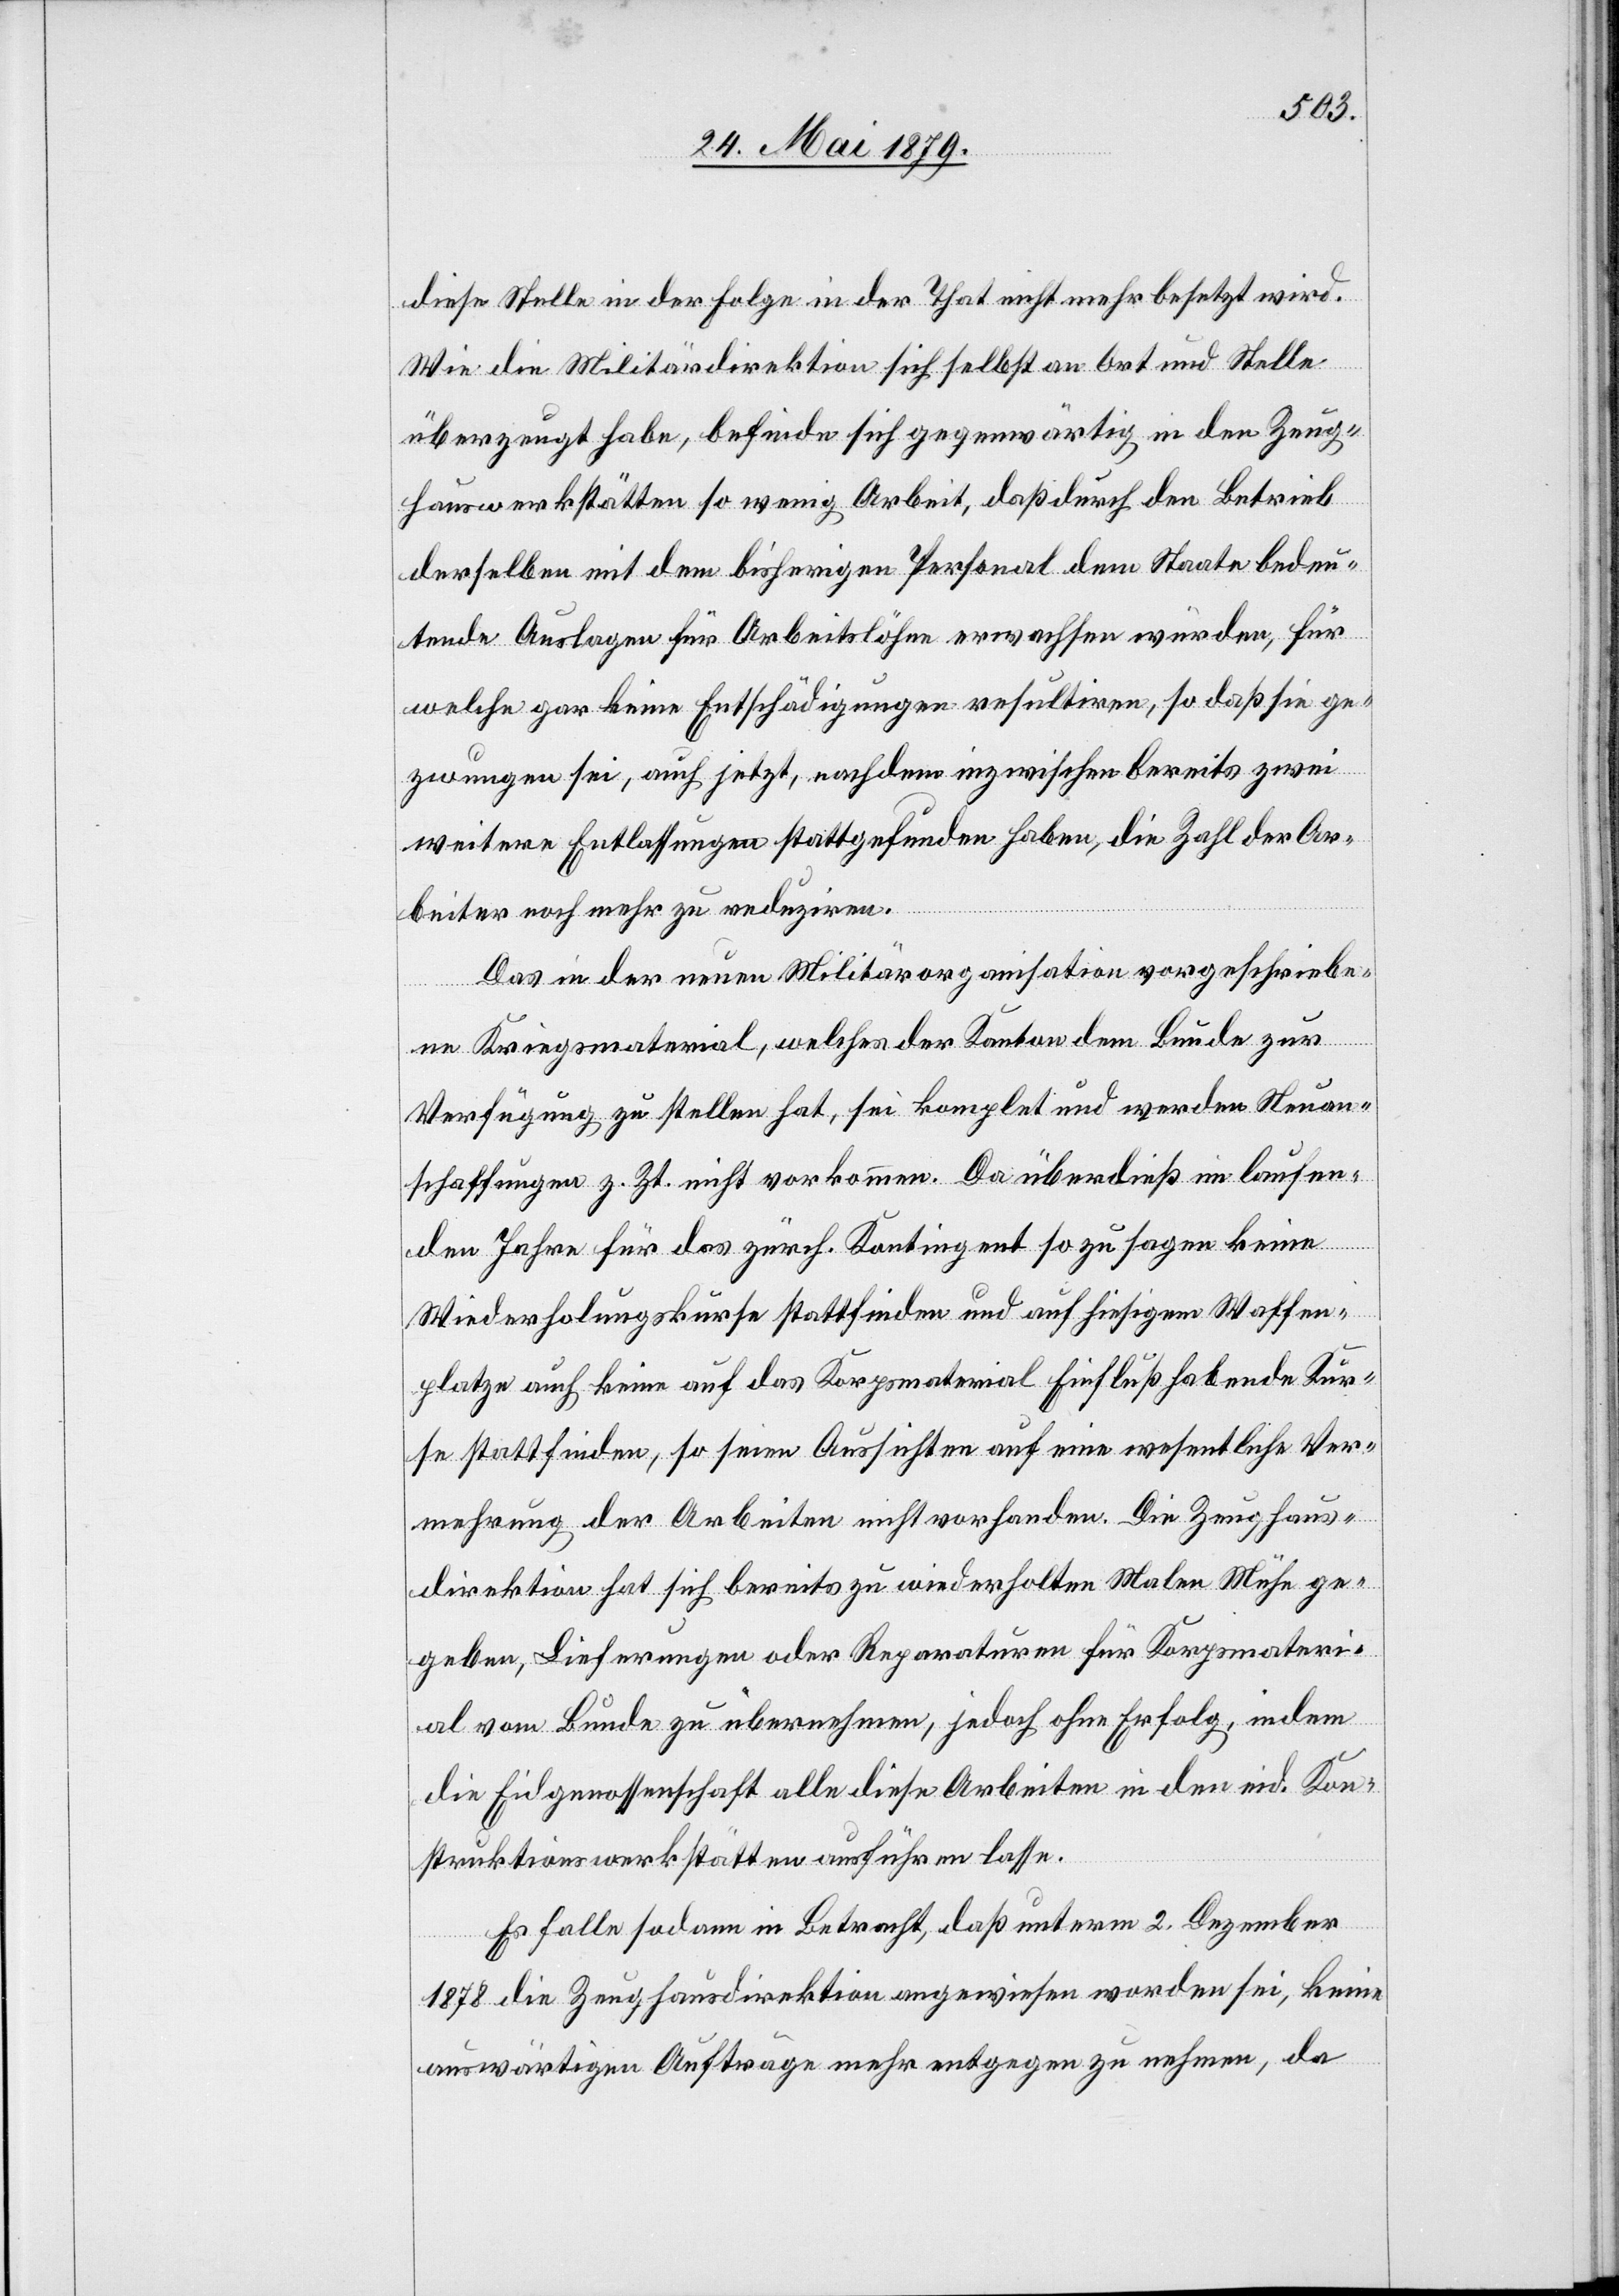
diese Stelle in der Folge in der That nicht mehr besetzt wird.
Wie die Militärdirektion sich selbst an Ort und Stelle
überzeugt habe, befinde sich gegenwärtig in den Zeug¬
hauswerkstätten so wenig Arbeit, daß durch den Betrieb
derselben mit dem bisherigen Personal dem Staate bedeu¬
tende Auslagen für Arbeitslöhne erwachsen würden, für
welche gar keine Entschädigungen resultiren, so daß sie ge¬
zwungen sei, auch jetzt, nachdem inzwischen bereits zwei
weitere Entlassungen stattgefunden haben, die Zahl der Ar¬
beiter noch mehr zu reduziren.
Das in der neuen Militärorganisation vorgeschriebe¬
ne Kriegsmaterial, welches der Kanton dem Bunde zur
Verfügung zu stellen hat, sei komplet und werden Neuan¬
schaffungen z. Zt. nicht vorkommen. Da überdieß im laufen¬
den Jahre für das zürch. Kontingent so zu sagen keine
Wiederholungskurse stattfinden und auf hiesigem Waffen¬
platze auch keine auf das Korpsmaterial Einfluß habende Kur¬
se stattfinden, so seien Aussichten auf eine wesentliche Ver¬
mehrung der Arbeiten nicht vorhanden. Die Zeughaus¬
direktion hat sich bereits zu wiederholten Malen Mühe ge¬
geben, Lieferungen oder Reparaturen für Korpsmateri¬
al vom Bunde zu übernehmen, jedoch ohne Erfolg, indem
die Eidgenossenschaft alle diese Arbeiten in den eid. Kon¬
struktionswerkstätten ausführen lasse.
Es falle sodann in Betracht, daß unterm 2. Dezember
1878 die Zeughausdirektion angewiesen worden sei, keine
auswärtigen Aufträge mehr entgegen zu nehmen, da